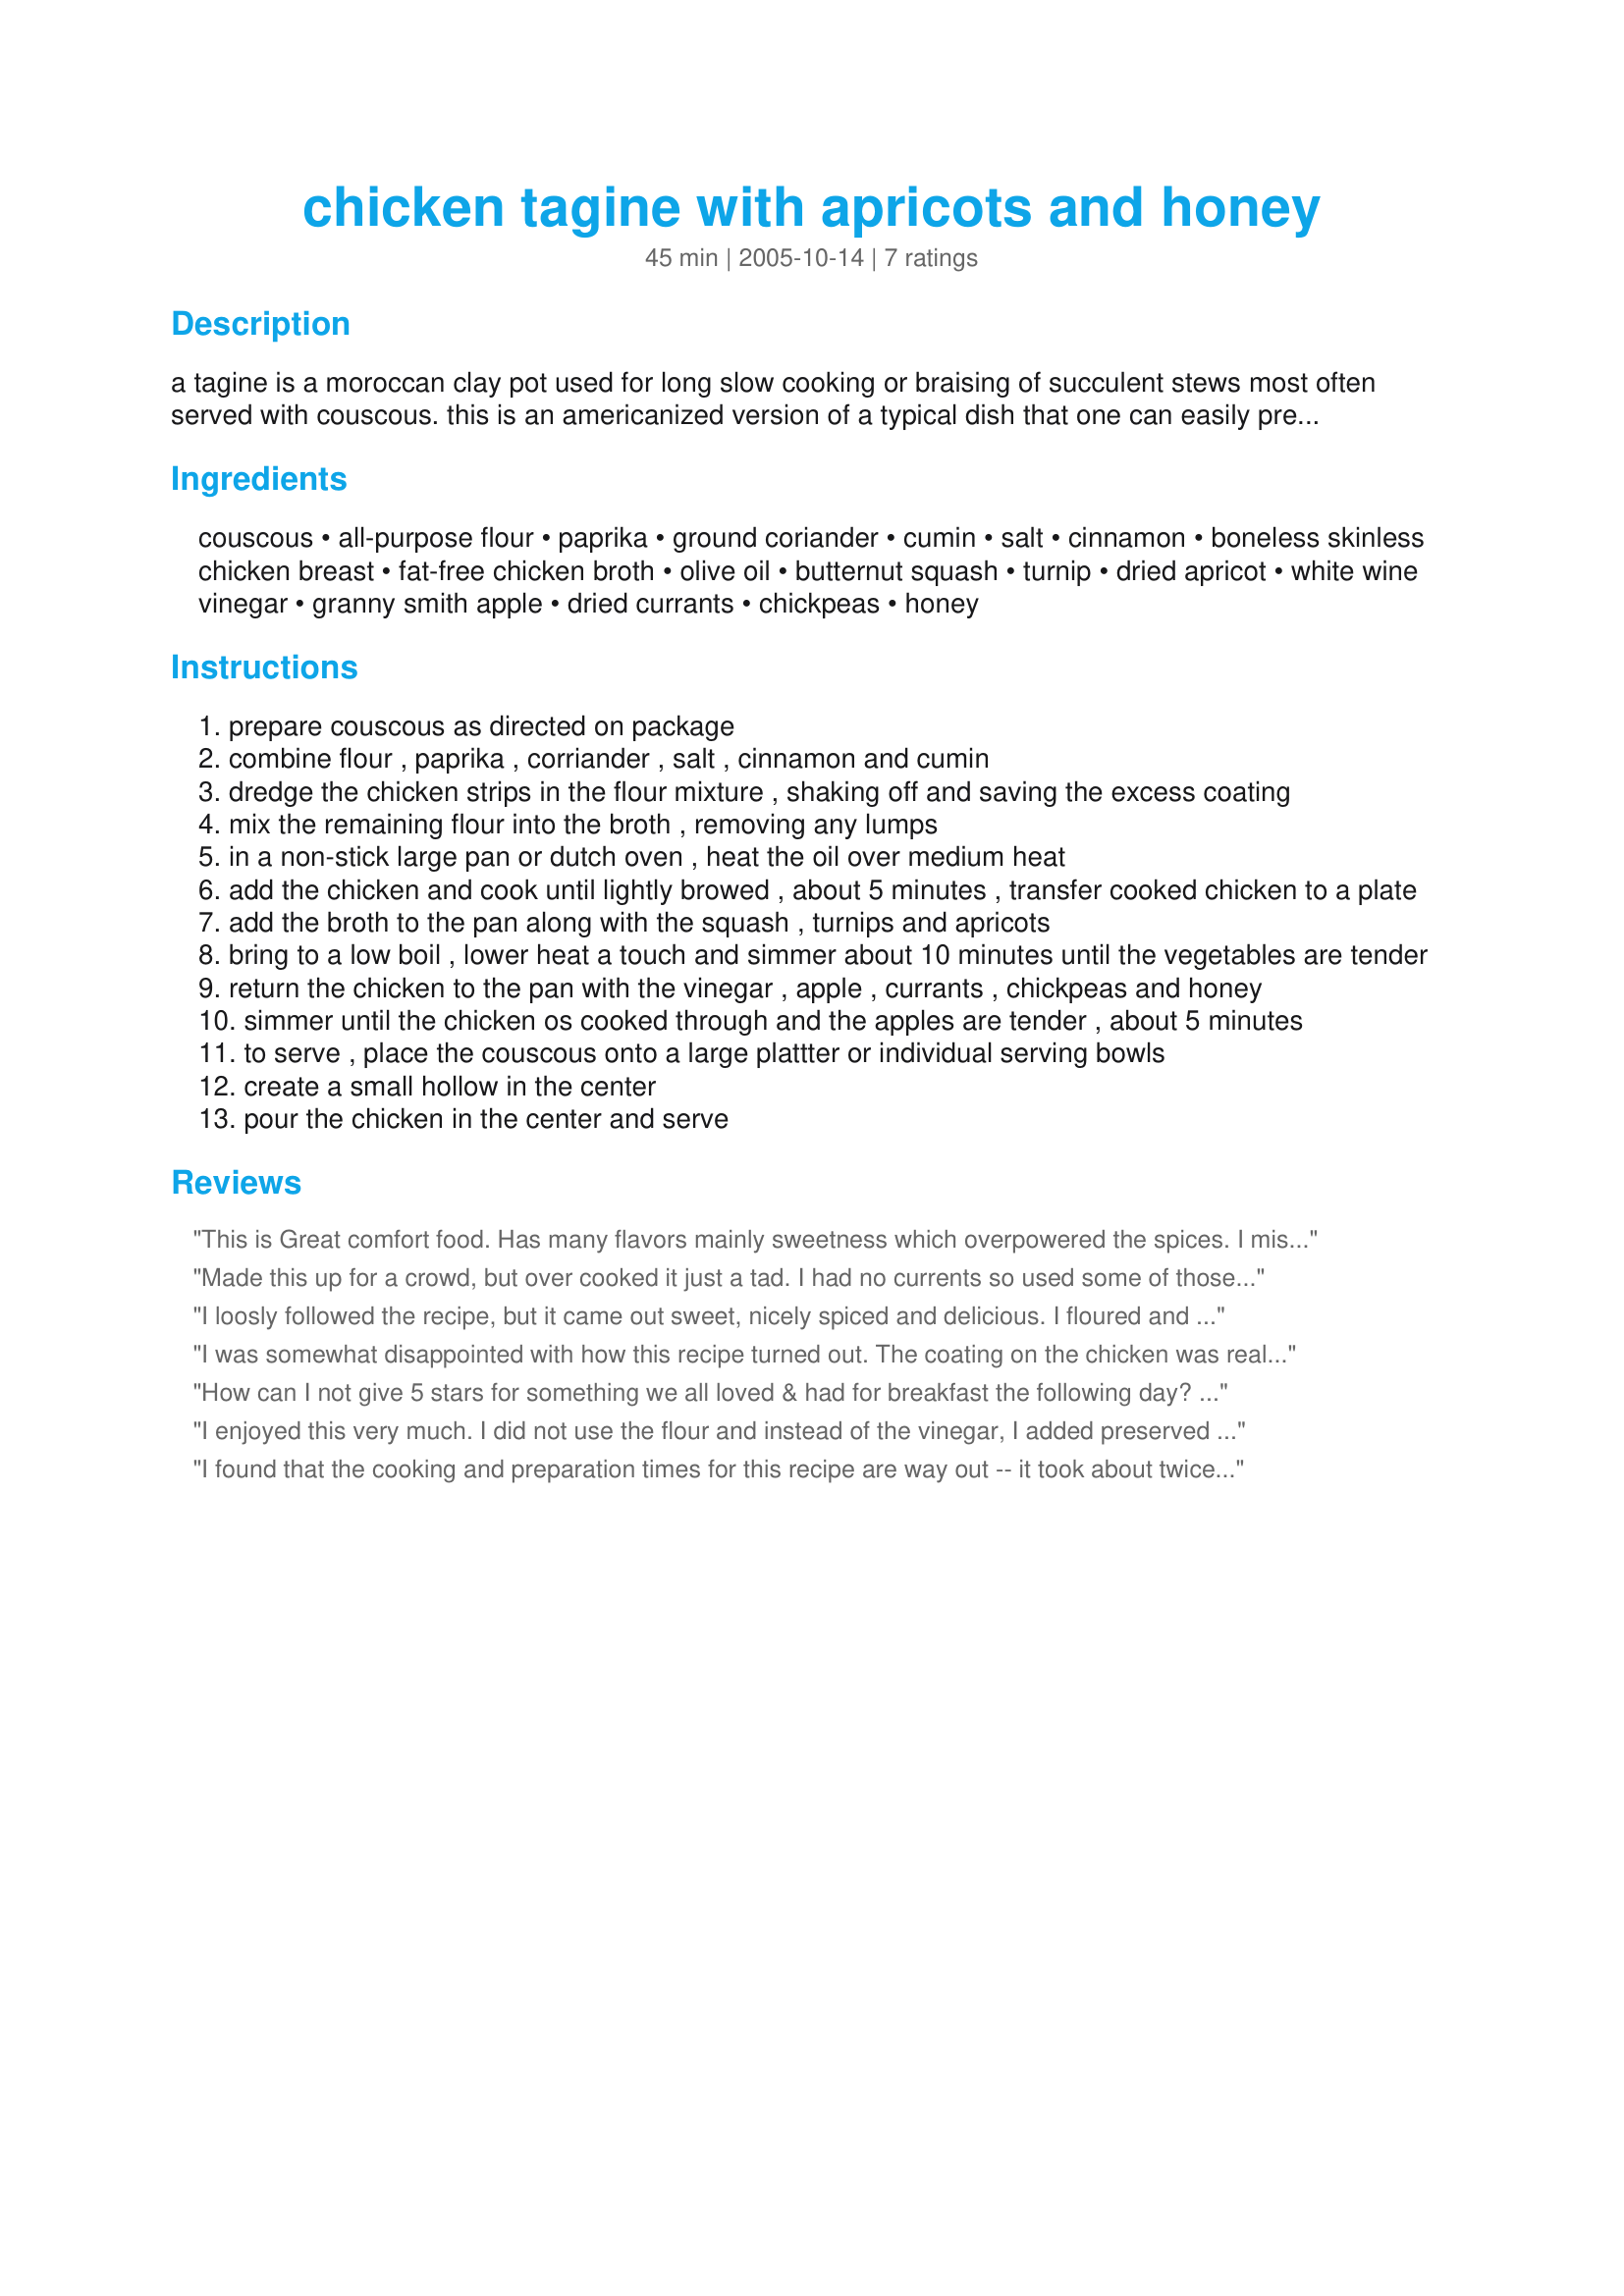
chicken tagine with apricots and honey
Preparation time: 45 minutes

a tagine is a moroccan clay pot used for long slow cooking or braising of succulent stews most often served with couscous. this is an americanized version of a typical dish that one can easily prepare at home. i love the sweet and spicy contrast found in many dishes from this region and often add a bit of harissa.

Ingredients:
couscous, all-purpose flour, paprika, ground coriander, cumin, salt, cinnamon, boneless skinless chicken breast, fat-free chicken broth, olive oil, butternut squash, turnip, dried apricot, white wine vinegar, granny smith apple, dried currants, chickpeas, honey

Steps:
prepare couscous as directed on package
combine flour , paprika , corriander , salt , cinnamon and cumin
dredge the chicken strips in the flour mixture , shaking off and saving the excess coating
mix the remaining flour into the broth , removing any lumps
in a non-stick large pan or dutch oven , heat the oil over medium heat
add the chicken and cook until lightly browed , about 5 minutes , transfer cooked chicken to a plate
add the broth to the pan along with the squash , turnips and apricots
bring to a low boil , lower heat a touch and simmer about 10 minutes until the vegetables are tender
return the chicken to the pan with the vinegar , apple , currants , chickpeas and honey
simmer until the chicken os cooked through and the apples are tender , about 5 minutes
to serve , place the couscous onto a large plattter or individual serving bowls
create a small hollow in the center
pour the chicken in the center and serve

Reviews:
This is Great comfort food. Has many flavors mainly sweetness which overpowered the spices. I missed the saltiness in this dish from either nuts, green or black olives, preserved lemons would have given it a nice touch. Also some cilantro or parsley would brighten up the dish. Thanks Toni! OK I`m weird I heated this for breakfast with the addition of green olives, almond slices and cilantro. I very Highly recommend to add these to you dish. Loved it. Thanks again Toni.
Made this up for a crowd, but over cooked it just a tad. I had no currents so used some of those delicious dried cherries from The Pike Street Market. This still was delicious and most went back for seconds. Thank You for a great recipe, now to find a Tangine to put it in next time.

I loosly followed the recipe, but it came out sweet, nicely spiced and delicious.

I floured and cooked the chicken breasts whole and kept them separate. I made the sauce on its own and thickened with a little cornstarch and water to preserve the color.

Then poured the sauce over the chicken at the end.
I was somewhat disappointed with how this recipe turned out. The coating on the chicken was really good, but I discovered that I HATE turnips, and apparently only like chickpeas that are prepared (rather than straight from the can as I did). It was a lot of fun to make. The flavor was slightly sweet, which I liked, but it needed something to bring out more of the flavors. If I make this again, I will omit the evil turnips and the chickpeas from the recipe. It was a fun first try for Moroccan cooking at home.
How can I not give 5 stars for something we all loved & had for breakfast the following day? I *did* use bone in thighs because that's what I had available & please remember if you do this, it greatly affects the cooking time. The flavors are excellent. I needed some extra vegetation with our meal, so I threw in some sliced zucchini for the last 5 minutes. It was great; the kids raved. Thanks, Toni!
I enjoyed this very much. I did not use the flour and instead of the vinegar, I added preserved lemon and followed Toni's suggestion and added a nice dash of harissa. I also substituted sweet potato for the squash. I do think that the dish needed the addition of the preserved lemon and the harissa for a bit of oomph to the flavor.
I found that the cooking and preparation times for this recipe are way out -- it took about twice as long as stated! (Just dicing a squash takes forever; and simmering 'til tender takes at least 15 minutes, covered... but I digress!) Despite this and that, whilst the recipe isn't complicated, there are a lot of ingredients to play with, it was surprisingly tasty and worth the hassle. The honey was somewhat lost and it could have done with a few more currants; but by in large, it was good -- the apple is a great addition. (Oh, by the way, if you don't get canned chickpeas, they need to soak overnight: I didn't realise this, but managed to make them reasonable by microwaving the Hell out of them!) Finally, don't forget the cinnamon -- it's mentioned as an ingredient, but doesn't show in the recipe: I assume it goes in at step 2.
